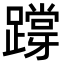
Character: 𨅝